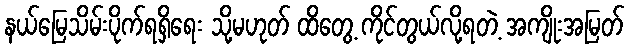
နယ်မြေသိမ်းပိုက်ရရှိရေး သို့မဟုတ် ထိတွေ့ ကိုင်တွယ်လို့ရတဲ့ အကျိုးအမြတ်